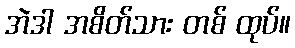
အဲဒါ အစိတ်သား တစ် ထုပ်။